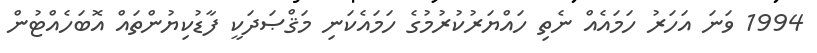
1994 ވަނަ އަހަރު ހަމައެއް ނެތި ހައްޔަރުކުރުމުގެ ހަމައެކަނި މަޤްޞަދަކީ ފާޑުކިޔުންތައް އޮބަހެއްޓުން